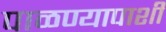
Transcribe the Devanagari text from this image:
पाळण्यापाशी